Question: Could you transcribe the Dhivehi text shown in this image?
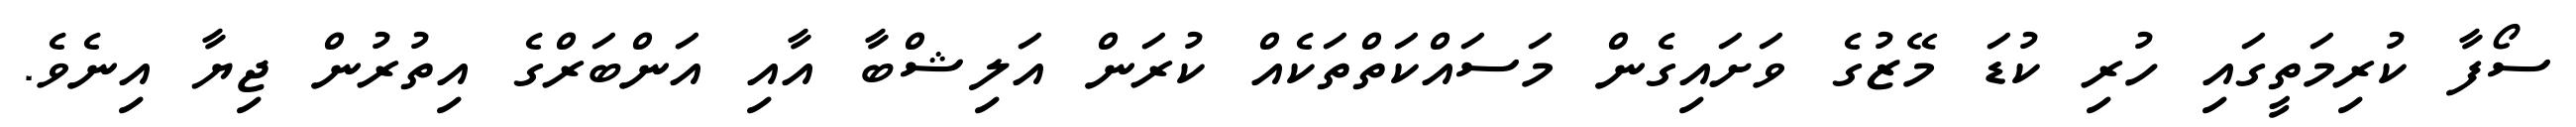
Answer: ސޯފާ ކުރިމަތީގައި ހުރި ކުޑަ މޭޒުގެ ވަށައިގެން މަސައްކަތްތަކެއް ކުރަން އަލިޝްބާ އާއި އަންބަރްގެ އިތުރުން ޖިޔާ އިނެވެ.